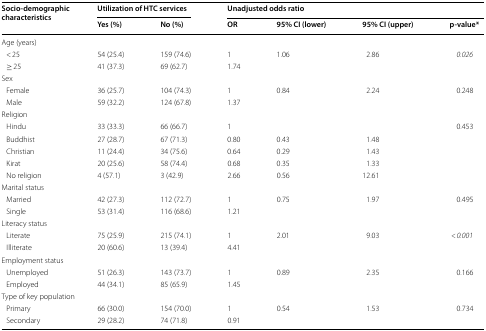
<table><thead><tr><td rowspan="2"><b>Socio-demographic characteristics</b></td><td colspan="2"><b>Utilization of HTC services</b></td><td colspan="4"><b>Unadjusted odds ratio</b></td></tr><tr><td><b>Yes (%)</b></td><td><b>No (%)</b></td><td><b>OR</b></td><td><b>95% CI (lower)</b></td><td><b>95% CI (upper)</b></td><td><b>p-value*</b></td></tr></thead><tbody><tr><td colspan="7">Age (years)</td></tr><tr><td> &lt; 25</td><td>54 (25.4)</td><td>159 (74.6)</td><td>1</td><td rowspan="2">1.06</td><td rowspan="2">2.86</td><td rowspan="2"><i>0.026</i></td></tr><tr><td> ≥ 25</td><td>41 (37.3)</td><td>69 (62.7)</td><td>1.74</td></tr><tr><td colspan="7">Sex</td></tr><tr><td> Female</td><td>36 (25.7)</td><td>104 (74.3)</td><td>1</td><td rowspan="2">0.84</td><td rowspan="2">2.24</td><td rowspan="2">0.248</td></tr><tr><td> Male</td><td>59 (32.2)</td><td>124 (67.8)</td><td>1.37</td></tr><tr><td colspan="7">Religion</td></tr><tr><td> Hindu</td><td>33 (33.3)</td><td>66 (66.7)</td><td>1</td><td></td><td></td><td rowspan="5">0.453</td></tr><tr><td> Buddhist</td><td>27 (28.7)</td><td>67 (71.3)</td><td>0.80</td><td>0.43</td><td>1.48</td></tr><tr><td> Christian</td><td>11 (24.4)</td><td>34 (75.6)</td><td>0.64</td><td>0.29</td><td>1.43</td></tr><tr><td> Kirat</td><td>20 (25.6)</td><td>58 (74.4)</td><td>0.68</td><td>0.35</td><td>1.33</td></tr><tr><td> No religion</td><td>4 (57.1)</td><td>3 (42.9)</td><td>2.66</td><td>0.56</td><td>12.61</td></tr><tr><td colspan="7">Marital status</td></tr><tr><td> Married</td><td>42 (27.3)</td><td>112 (72.7)</td><td>1</td><td rowspan="2">0.75</td><td rowspan="2">1.97</td><td rowspan="2">0.495</td></tr><tr><td> Single</td><td>53 (31.4)</td><td>116 (68.6)</td><td>1.21</td></tr><tr><td colspan="7">Literacy status</td></tr><tr><td> Literate</td><td>75 (25.9)</td><td>215 (74.1)</td><td>1</td><td rowspan="2">2.01</td><td rowspan="2">9.03</td><td rowspan="2"><i>&lt;</i> <i>0.001</i></td></tr><tr><td> Illiterate</td><td>20 (60.6)</td><td>13 (39.4)</td><td>4.41</td></tr><tr><td colspan="7">Employment status</td></tr><tr><td> Unemployed</td><td>51 (26.3)</td><td>143 (73.7)</td><td>1</td><td rowspan="2">0.89</td><td rowspan="2">2.35</td><td rowspan="2">0.166</td></tr><tr><td> Employed</td><td>44 (34.1)</td><td>85 (65.9)</td><td>1.45</td></tr><tr><td colspan="7">Type of key population</td></tr><tr><td> Primary</td><td>66 (30.0)</td><td>154 (70.0)</td><td>1</td><td rowspan="2">0.54</td><td rowspan="2">1.53</td><td rowspan="2">0.734</td></tr><tr><td> Secondary</td><td>29 (28.2)</td><td>74 (71.8)</td><td>0.91</td></tr></tbody></table>